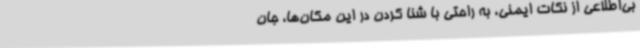
بی‌اطلاعی از نکات ایمنی، به راحتی با شنا کردن در این مکان‌ها، جان